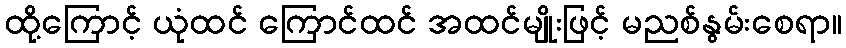
ထို့ကြောင့် ယုံထင် ကြောင်ထင် အထင်မျိုးဖြင့် မညစ်နွမ်းစေရာ။